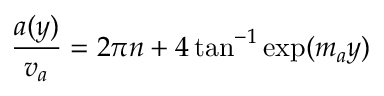
\frac { a ( y ) } { v _ { a } } = 2 \pi n + 4 \tan ^ { - 1 } \exp ( m _ { a } y )